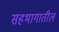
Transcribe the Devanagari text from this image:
सहभागातील